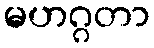
မဟဂ္ဂတာ